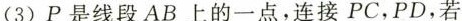
(3)P是线段AB上的一点，连接PC，PD，若